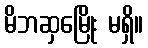
မိဘဆှမြေိုး မရှိ။